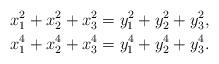
LaTeX: \begin{align*}x_1^2+x_2^2+x_3^2&=y_1^2+y_2^2+y_3^2, \\x_1^4+x_2^4+x_3^4&=y_1^4+y_2^4+y_3^4.\end{align*}